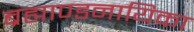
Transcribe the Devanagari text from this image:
ब्रह्माण्डनायिका